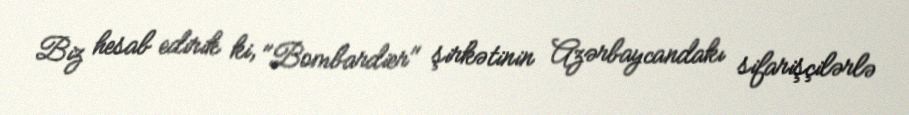
Biz hesab edirik ki, "Bombardier" şirkətinin Azərbaycandakı sifarişçilərlə